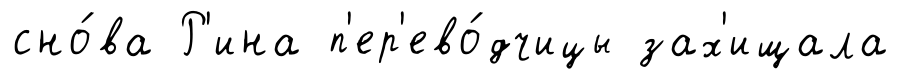
сно́ва Р'ина п'ер'ево́дчицы зах'ищала